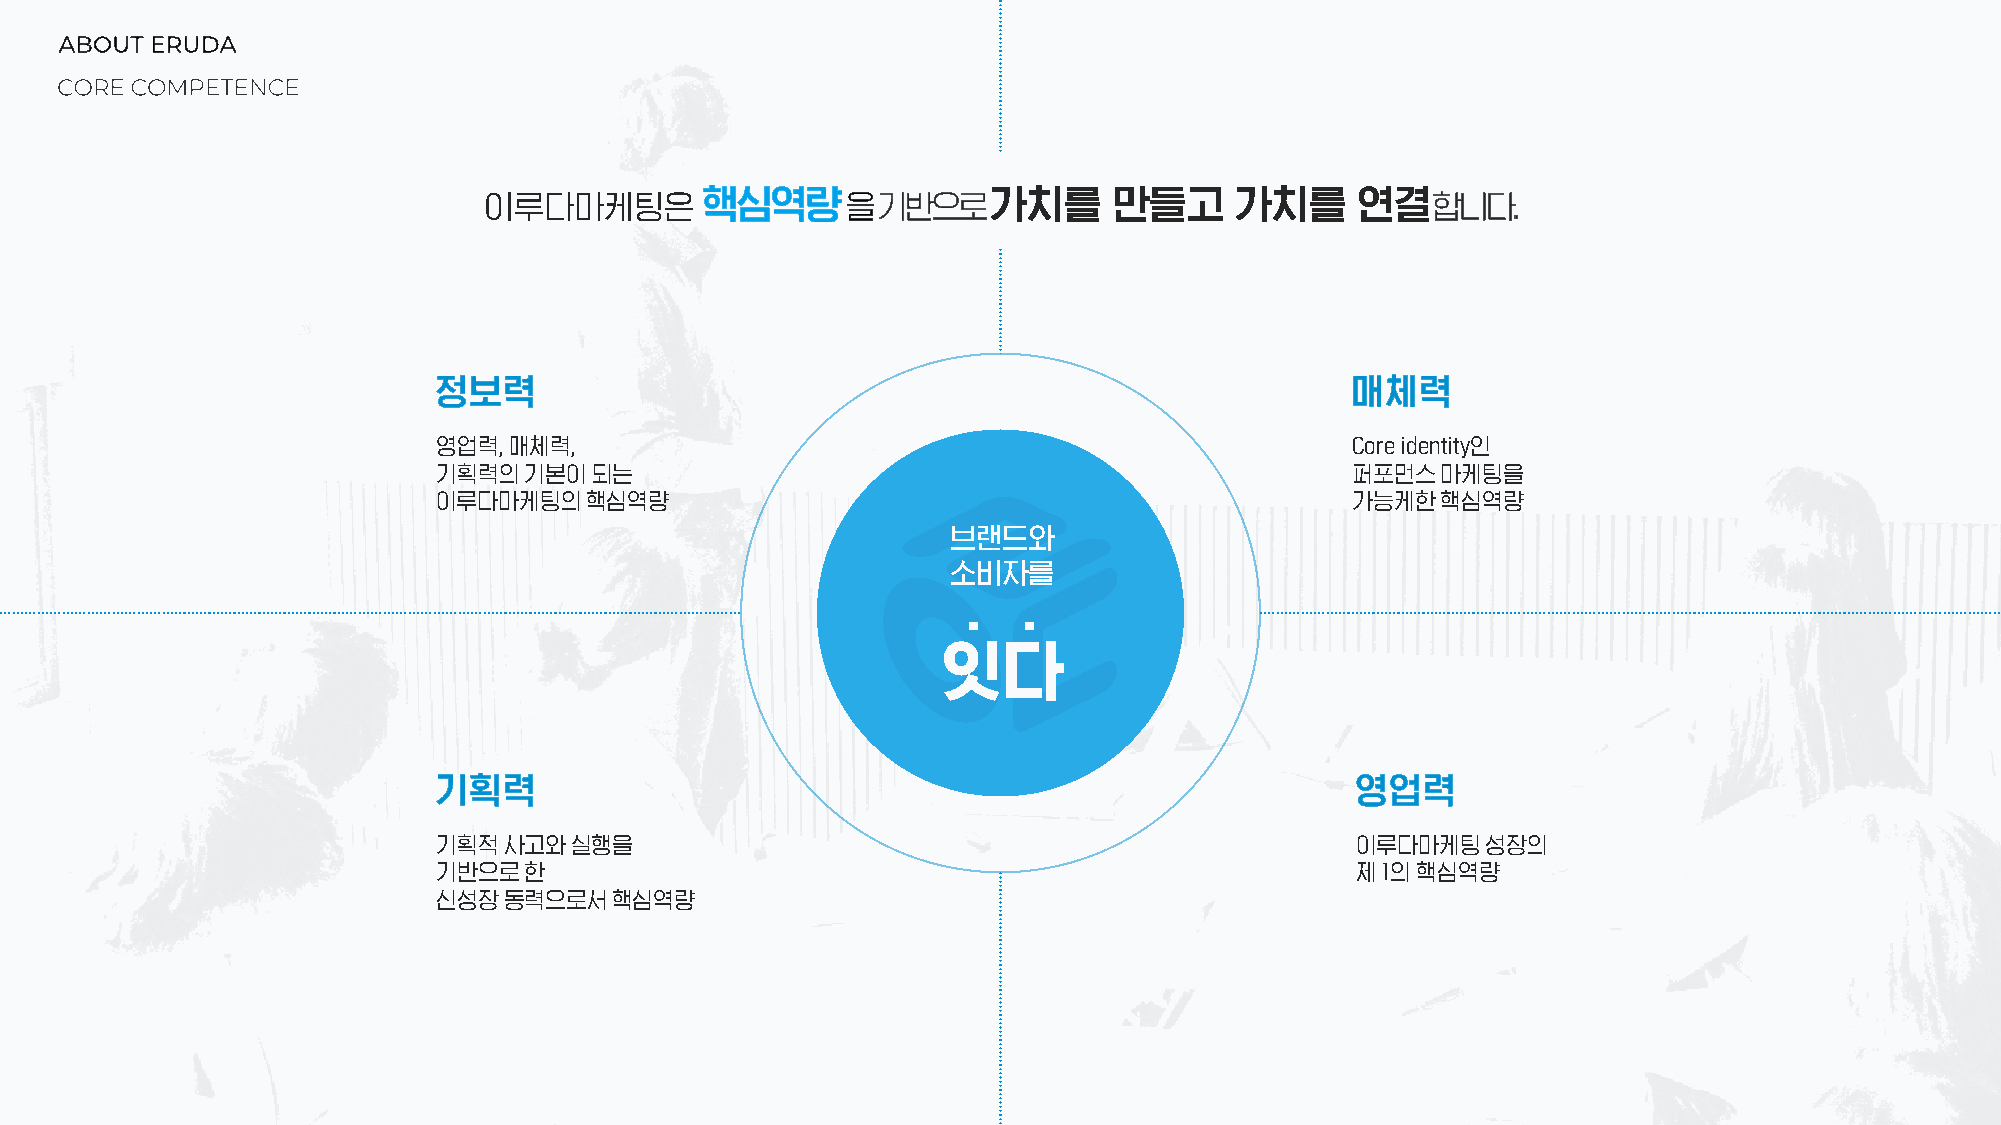
이루다마케팅은                          가치를      만들고     가치를     연결
 영업력, 매체력,                                                   Core identity인
 기획력의기본이되는                                                   퍼포먼스마케팅을
 이루다마케팅의핵심역량                                                 가능케한핵심역량
 브랜드와
 소비자를
 .   .
 잇다
 기획적사고와실행을                                                    이루다마케팅성장의
 기반으로한                                                        제1의핵심역량
 신성장동력으로서핵심역량